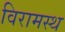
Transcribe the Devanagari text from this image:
विरामस्थ